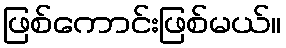
ဖြစ်ကောင်းဖြစ်မယ်။